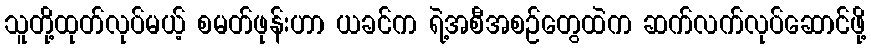
သူတို့ထုတ်လုပ်မယ့် စမတ်ဖုန်းဟာ ယခင်က ရဲ့အစီအစဉ်တွေထဲက ဆက်လက်လုပ်ဆောင်ဖို့